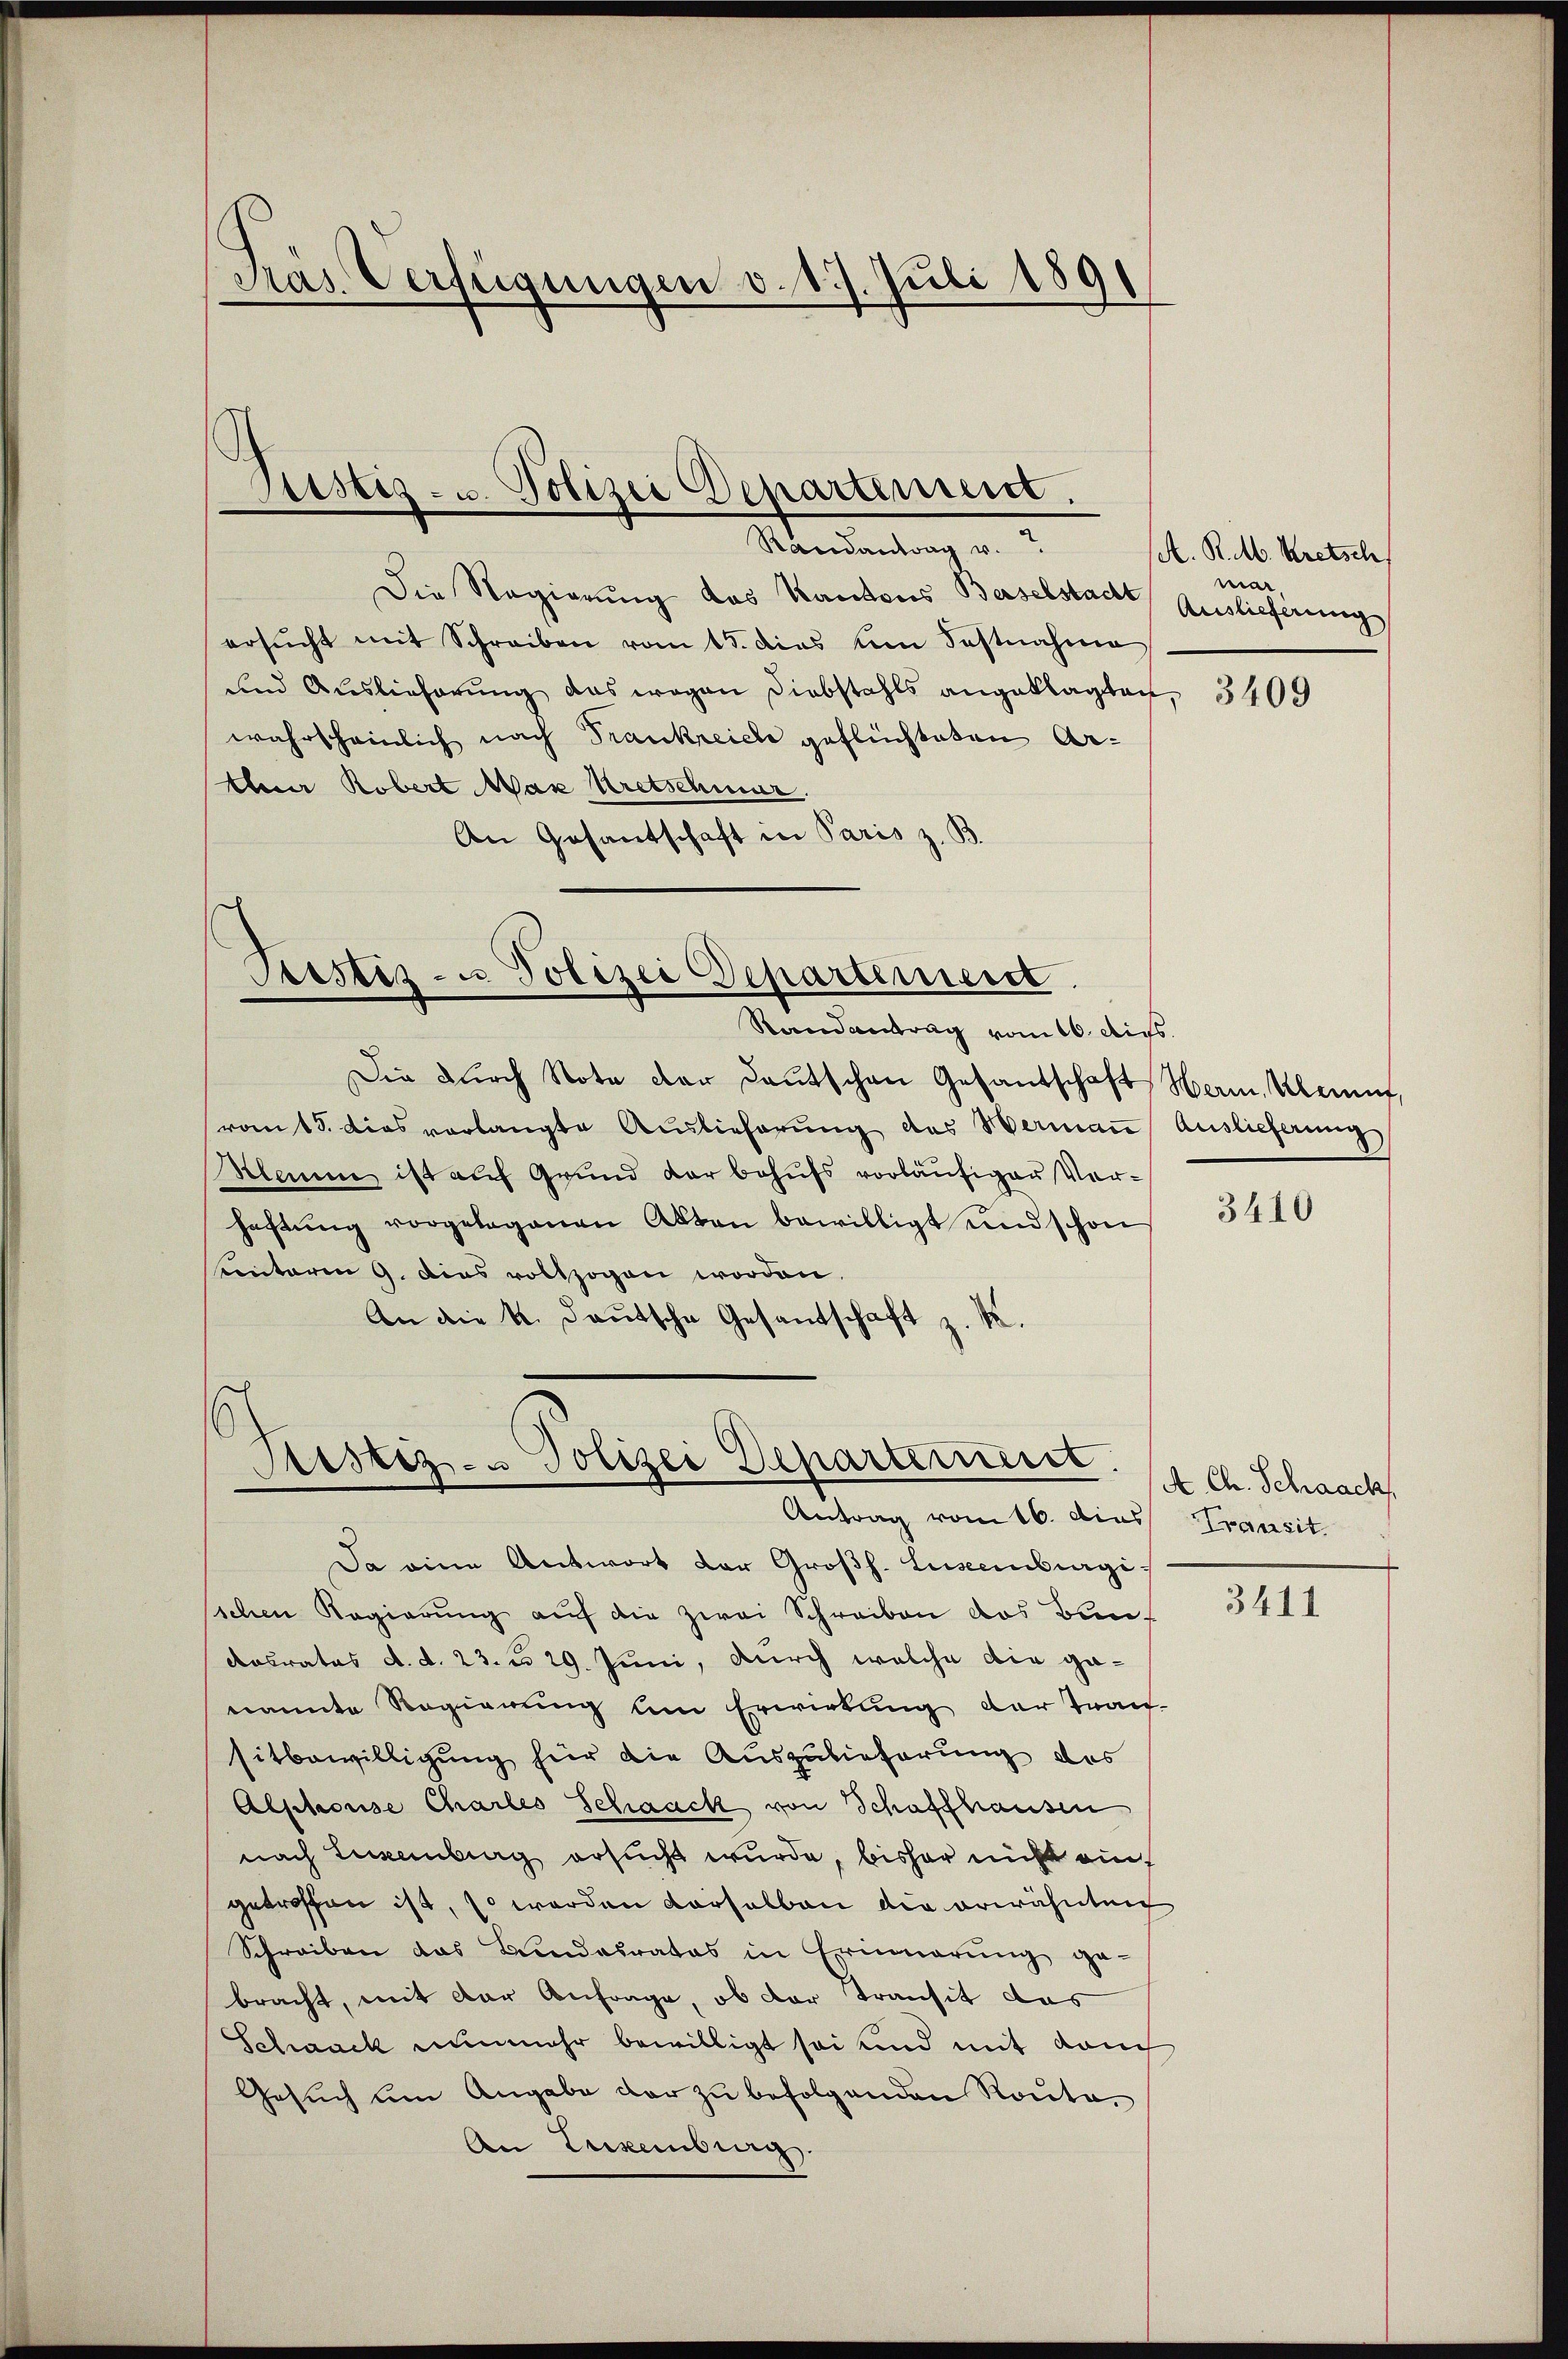
Randantrag v.
Die Regierung des Kantons Baselstadt Auslieferung
ersŭcht mit Schreiben vom 15. dies um Fastnahme
und Auslieferung das wegen Diebstahls angeklagten,
wahrscheinlich nach Trankreiche geflüchteten Ar¬
Auer Robert Max Uretschmer.
An Gesantschaft in Paris z. B.

Präs. Verfügungen v. 17. Juli 1891

Ristiz- u. Polizei Departement.

Randantrag vom 16. Aus
Die durch Note der deutschen Gesandschaft Herm, kannt,
von 15. dies vorlangte Auslieferung des Wermaṅ Auslieferung
Hamme ist auf Grund der behufs vorläufiger Vorhaftŭng vorgelegenen Akten bewilligt und schon
Kontoren 9. dies vollzogen worden.
An die k. deutsche Gesandschaft z. B.

Pestiz- u Polizei Departement

E
Fristiz- & Polizei Departement
Antrag vom 16. dies

Da eine Antwort der Großh. Luisenburgischen Regierung auf die zwei Schreiben das Bun-
Aasrates d. d. 23. d. 29. Juni, durch welche die ganannte Regierung um Erwirkung der Trau-
sitbewilligung hier die Auszulieferung des
Alschose Chartes Schaack von Schaffhausen
nach Leckenburg ersucht wurde, bisher nicht auch
getroffen ist, so werden vorhalben die erwähnten
Schreiben das Bundesrates in Erinnerung ge-
bracht, mit der Anfrage, ob der Transit das
Schaack nunmehr bewilligt sei und mit dem
Gesŭch um Angabe der zu befolgenden Route-
An Eukenburg.

A. R. M. Kretsch
mar

3409

3410

A. Ch. Schaack
Transit.

3411